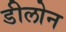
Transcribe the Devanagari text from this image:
डीलोन